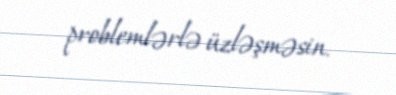
problemlərlə üzləşməsin.